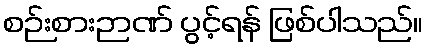
စဉ်းစားဉာဏ် ပွင့်ရန် ဖြစ်ပါသည်။